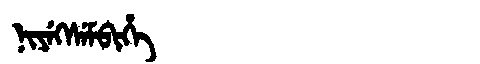
Manchu: ᠨᡳᠶᡝᡴᠰᡝᠮᠪᡳᡥᡝ
Romanization: NIYEKSEMBIHE